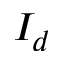
I _ { d }